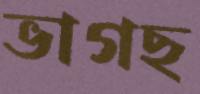
ভাগছ